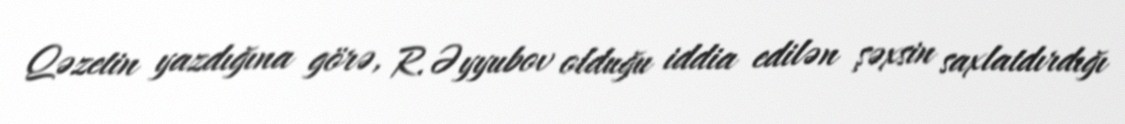
Qəzetin yazdığına görə, R.Əyyubov olduğu iddia edilən şəxsin saxlatdırdığı